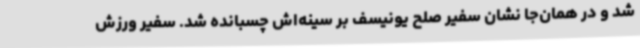
شد و در همان‌جا نشان سفیر صلح یونیسف بر سینه‌اش چسبانده شد. سفیر ورزش